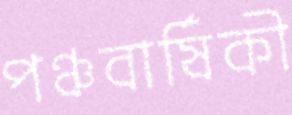
পঞ্চবার্ষিকী